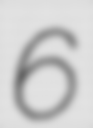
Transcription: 6